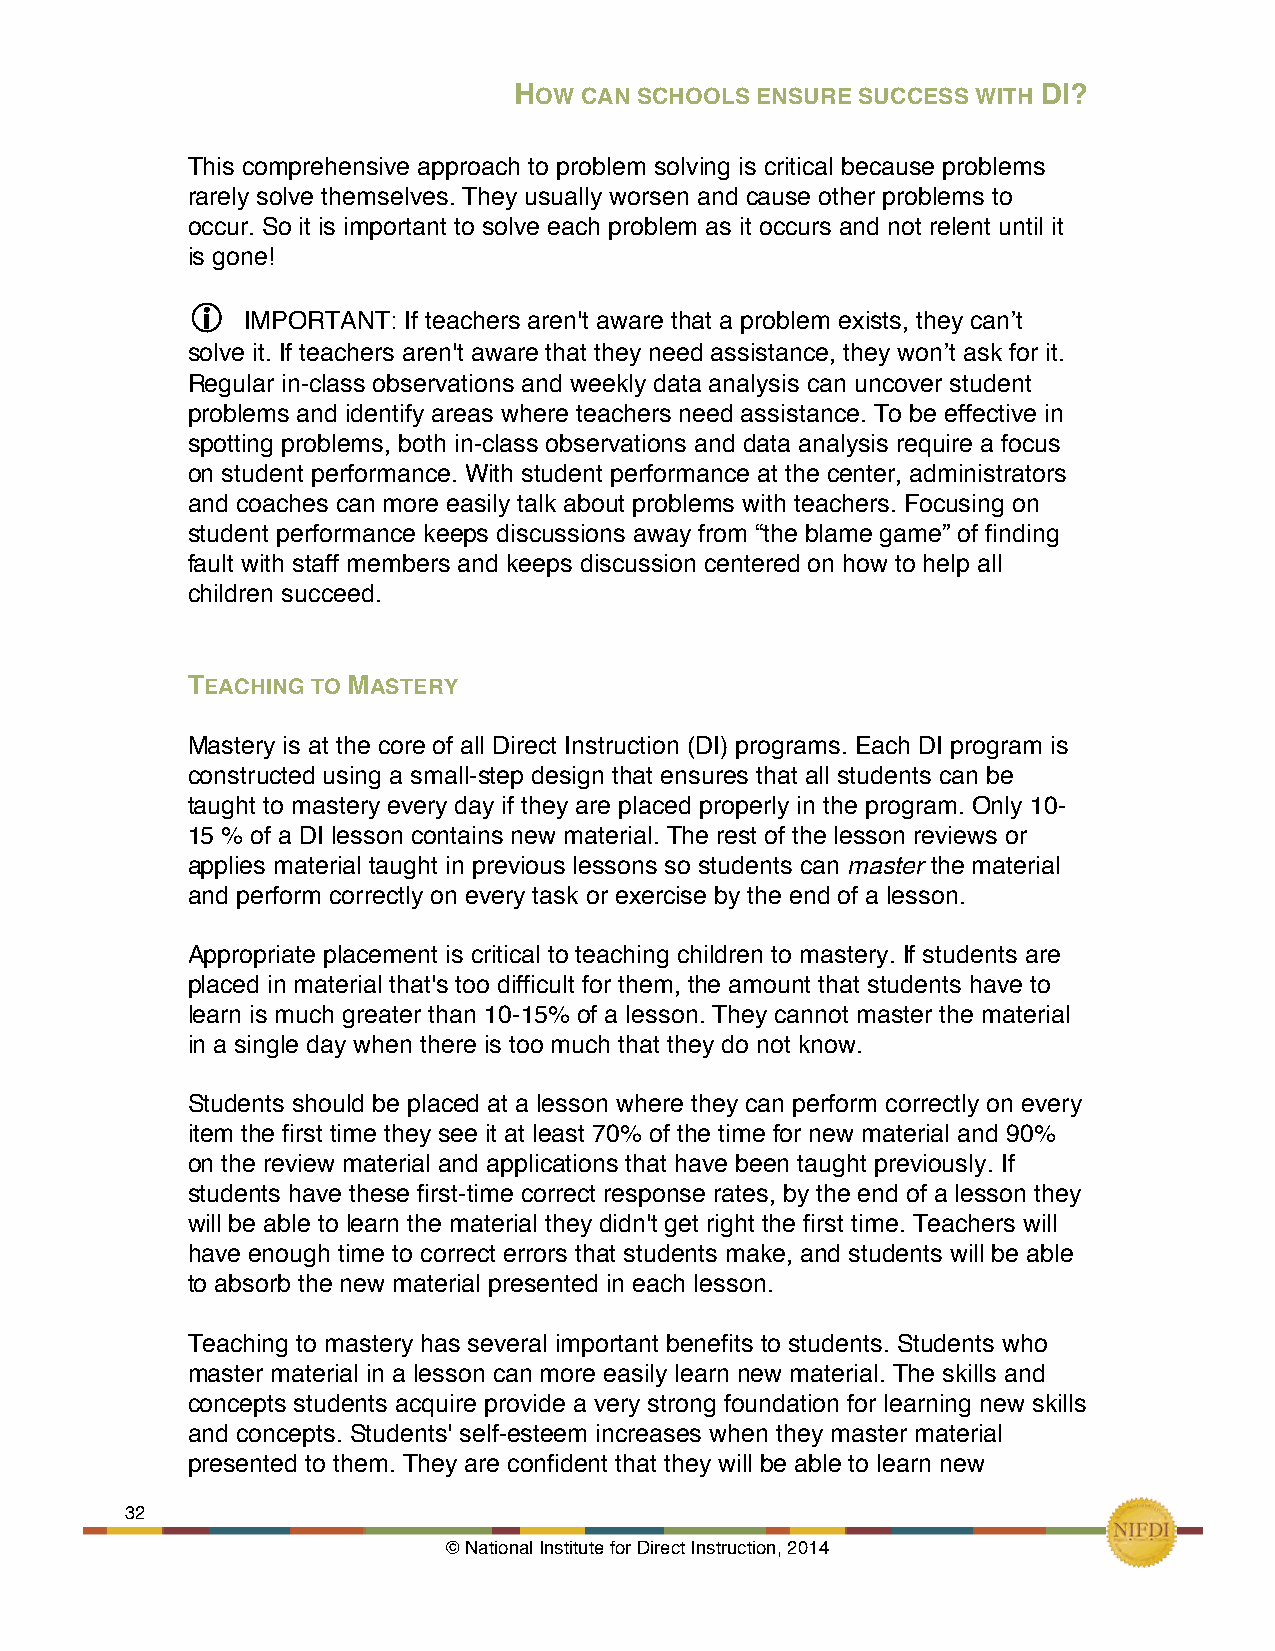
HOW CAN SCHOOLS ENSURE SUCCESS WITH DI?
 !
 This comprehensive approach to problem solving is critical because problems
 rarely solve themselves. They usually worsen and cause other problems to
 occur. So it is important to solve each problem as it occurs and not relent until it
 is gone!
 
 IMPORTANT: If teachers aren't aware that a problem exists, they can’t
 solve it. If teachers aren't aware that they need assistance, they won’t ask for it.
 Regular in-class observations and weekly data analysis can uncover student
 problems and identify areas where teachers need assistance. To be effective in
 spotting problems, both in-class observations and data analysis require a focus
 on student performance. With student performance at the center, administrators
 and coaches can more easily talk about problems with teachers. Focusing on
 student performance keeps discussions away from “the blame game” of finding
 fault with staff members and keeps discussion centered on how to help all
 children succeed.
 TEACHING TO MASTERY
 Mastery is at the core of all Direct Instruction (DI) programs. Each DI program is
 constructed using a small-step design that ensures that all students can be
 taught to mastery every day if they are placed properly in the program. Only 10-
 15 % of a DI lesson contains new material. The rest of the lesson reviews or
 applies material taught in previous lessons so students can master the material
 and perform correctly on every task or exercise by the end of a lesson.
 Appropriate placement is critical to teaching children to mastery. If students are
 placed in material that's too difficult for them, the amount that students have to
 learn is much greater than 10-15% of a lesson. They cannot master the material
 in a single day when there is too much that they do not know.
 Students should be placed at a lesson where they can perform correctly on every
 item the first time they see it at least 70% of the time for new material and 90%
 on the review material and applications that have been taught previously. If
 students have these first-time correct response rates, by the end of a lesson they
 will be able to learn the material they didn't get right the first time. Teachers will
 have enough time to correct errors that students make, and students will be able
 to absorb the new material presented in each lesson.
 Teaching to mastery has several important benefits to students. Students who
 master material in a lesson can more easily learn new material. The skills and
 concepts students acquire provide a very strong foundation for learning new skills
 and concepts. Students' self-esteem increases when they master material
 presented to them. They are confident that they will be able to learn new
 32     !
 © National Institute for Direct Instruction, 2014!